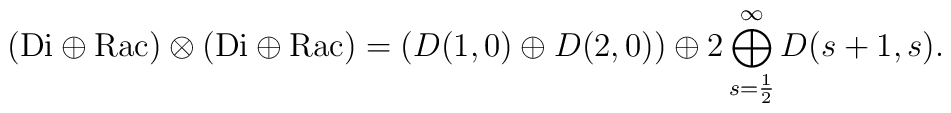
({\mathrm{Di}}\oplus{\mathrm{Rac}})\otimes({\mathrm{Di}}\oplus{\mathrm{Rac}})=(D(1,0)\oplus D(2,0))\oplus2 \bigoplus_{s=\frac{1}{2}}^\infty D(s+1,s).